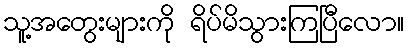
သူ့အတွေးများကို ရိပ်မိသွားကြပြီလော။